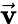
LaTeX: \vec{\mathbf v}